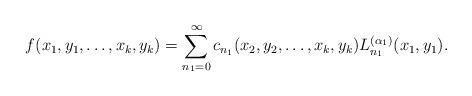
LaTeX: \begin{align*}f(x_1,y_1,\ldots,x_k,y_k)=\sum_{n_1=0}^{\infty}c_{n_1}(x_2,y_2,\ldots,x_k,y_k) L_{n_1}^{(\alpha_1)}(x_1,y_1).\end{align*}